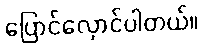
ပြောင်လှောင်ပါတယ်။